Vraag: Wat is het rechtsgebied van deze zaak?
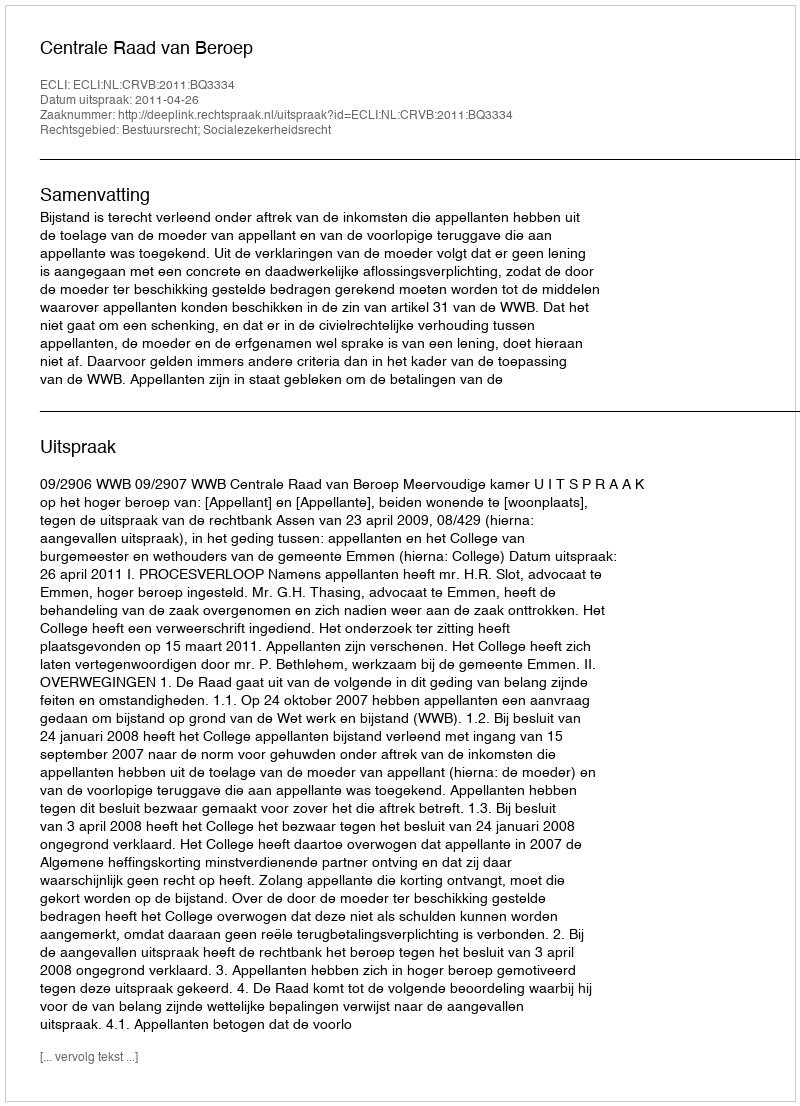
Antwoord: Bestuursrecht; Socialezekerheidsrecht